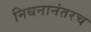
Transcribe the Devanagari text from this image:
निधनानंतरच